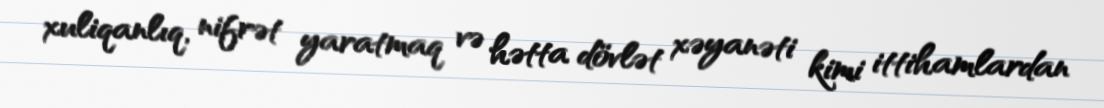
xuliqanlıq, nifrət yaratmaq və hətta dövlət xəyanəti kimi ittihamlardan